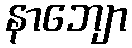
နာဘျော